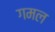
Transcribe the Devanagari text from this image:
गमल